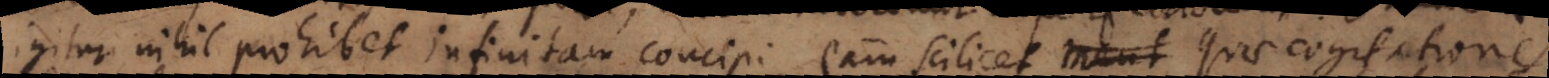
igitur nihil prohibet infinitam concipi, eam scilicet quae cogitationes